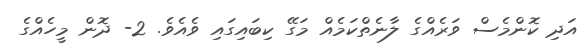
އަދި ކޮންމެސް ވަރެއްގެ ލާނެތްކަމެއް މަގޭ ކިބައިގައި ވެއެވެ. 2- ދޮން މީހެއްގެ